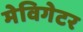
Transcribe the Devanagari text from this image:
मेविगेटर